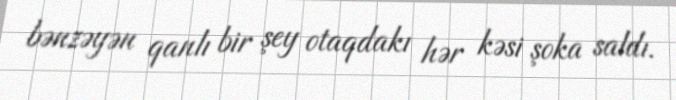
bənzəyən qanlı bir şey otaqdakı hər kəsi şoka saldı.